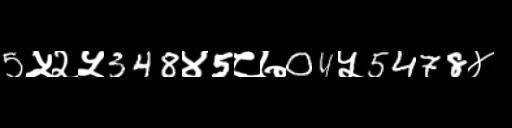
Text: 5५२५348४5८७04५5478४